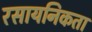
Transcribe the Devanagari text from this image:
रसायनिकता